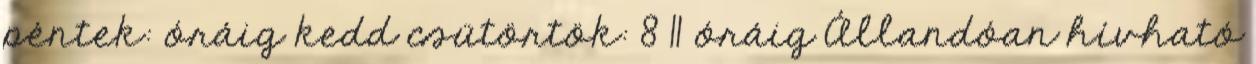
péntek: óráig kedd csütörtök: 8 11 óráig Állandóan hívható